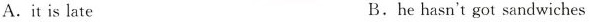
A.it is late B.he hasn't got sandwiches